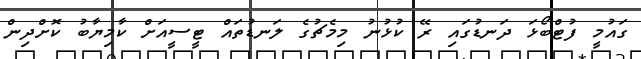
ގައުމީ ފުޓްބޯޅަ ދަނޑުގައި ރޭ ކުޅުނު މިމެޗުގެ ލަނޑުތައް ޓީސީއަށް ކާމިޔާބު ކޮށްދިން